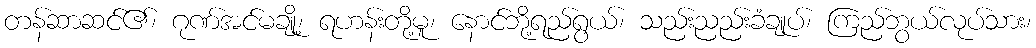
တန်ဆာဆင်၏၊ ဂုဏ်အင်မချို့၊ ရဟန်းတို့မူ၊ နောင်ဘို့ရည်ရွယ်၊ သည်းညည်းခံချုပ်၊ ကြည်ဘွယ်လုပ်သား၊